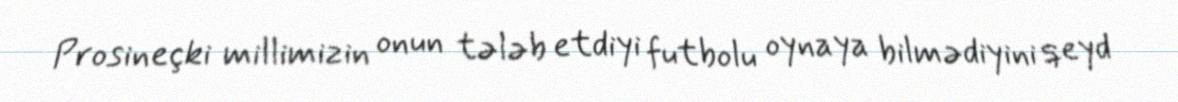
Prosineçki millimizin onun tələb etdiyi futbolu oynaya bilmədiyini qeyd